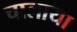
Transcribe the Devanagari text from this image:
चालाया